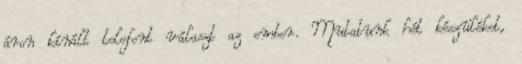
áron kínált telefont választ az ember. Mutatunk hét készüléket,